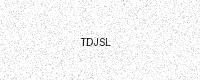
Text: TDJSL